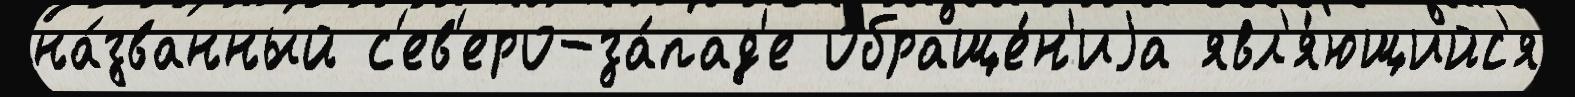
на́званный с'ев'еро-за́пад'е обраще́н'иjа явл'я́ющийс'я